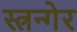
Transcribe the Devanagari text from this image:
स्त्रन्गेर